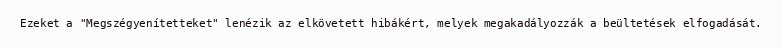
Ezeket a "Megszégyenítetteket" lenézik az elkövetett hibákért, melyek megakadályozzák a beültetések elfogadását.